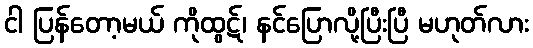
ငါ ပြန်တော့မယ် ကိုထွဋ်၊ နင်ပြောလို့ပြီးပြီ မဟုတ်လား